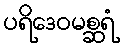
ပရိဒေဝမစ္ဆရံ